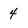
Character: 4